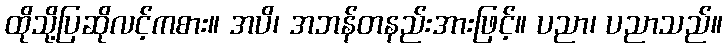
ထိုသို့ပြဆိုလင့်ကစား။ အပိ၊ အဘန်တနည်းအားဖြင့်။ ပညာ၊ ပညာသည်။